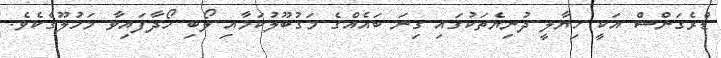
ޑްރެގަންސް އަކީ ހިޔާލީ ދުނިޔެތަކުގައި ގިނަ ބައެއްގެ މަގުބޫލުކަމާއި ލޯބި ހޯދާފައިވާ މަޚުލޫގެކެވެ.